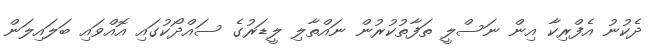
ދެކުނު އެފްރިކާ އިން ނަސްލީ ތަފާތުކުރުން ނައްތާލި ލީޑަރުގެ ސައްދޯކުގައި އޮއްވައި ބަލައިލަން